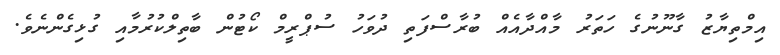
އިމްތިޔާޒު ގާނޫނުގެ ހަތަރު މާއްދާއެއް ބުރާސްފަތި ދުވަހު ސުޕްރީމް ކޯޓުން ބާތިލްކުރުމާއި ގުޅިގެންނެވެ.